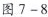
图7-8